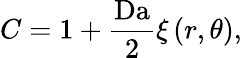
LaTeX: C=1+\frac{\mathrm{Da}}{2}\xi\left(r,\theta\right),